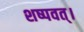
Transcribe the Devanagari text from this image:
शष्पवत्‌।